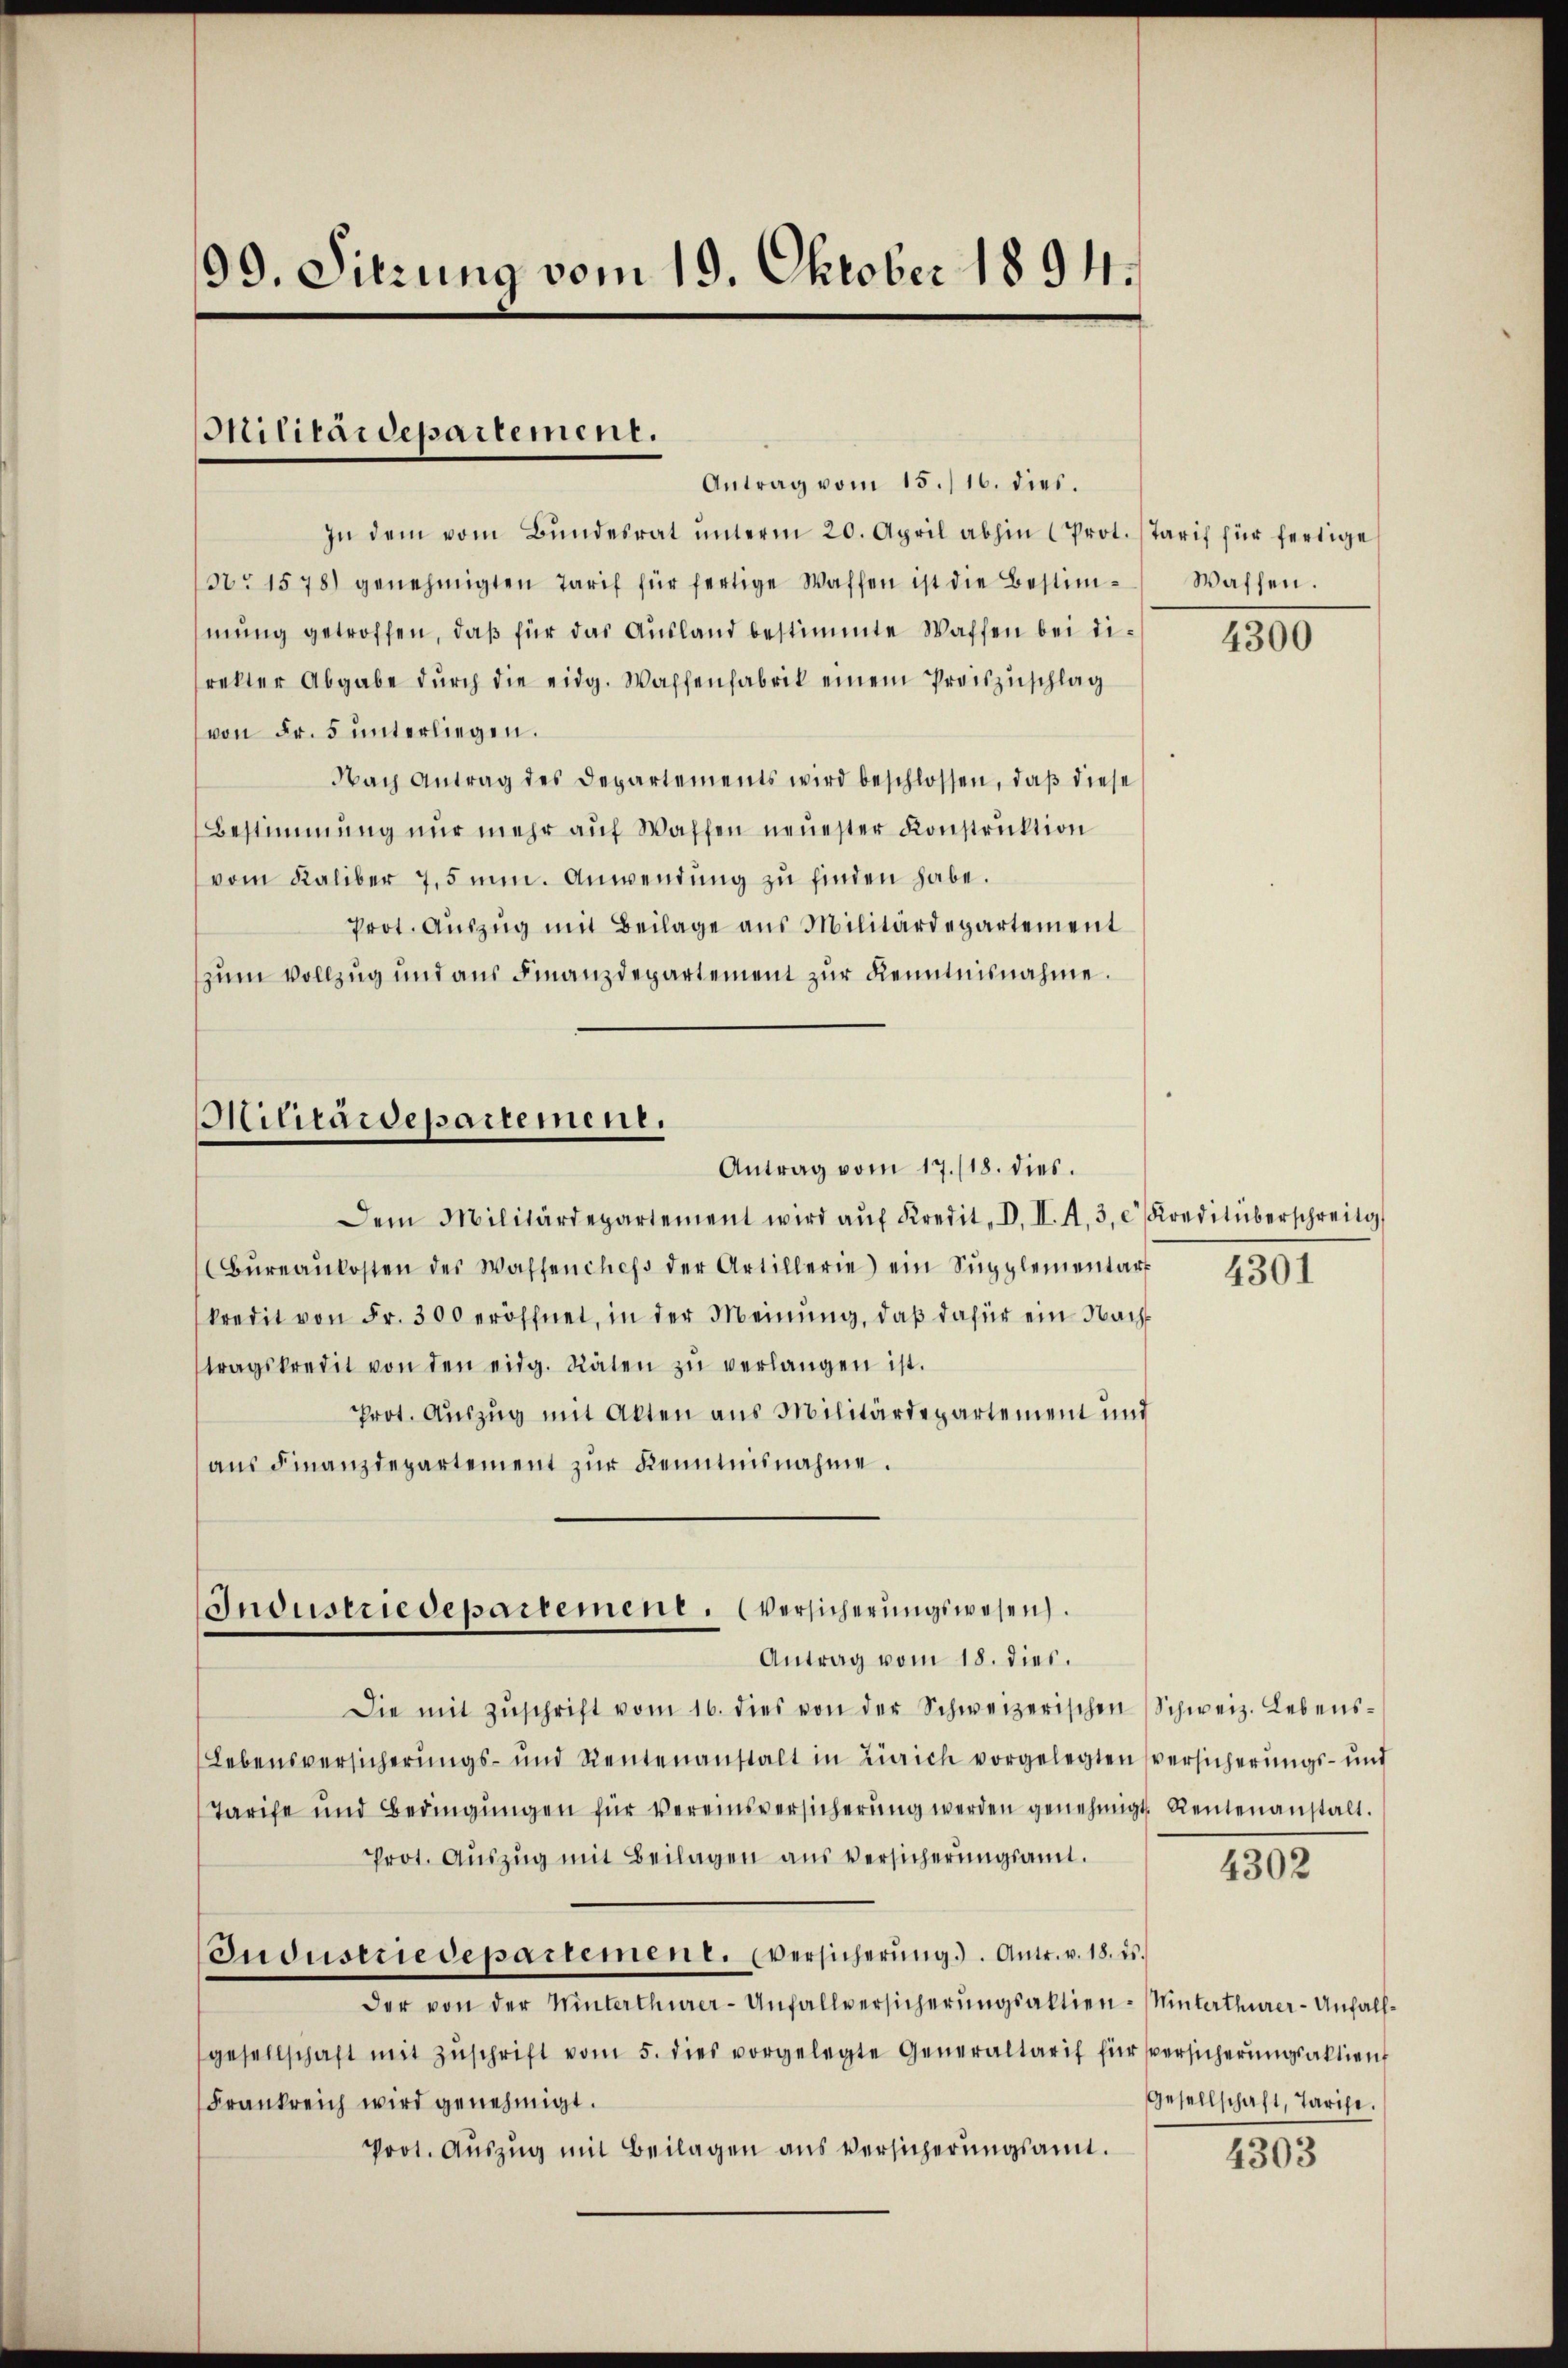
99. Sitzung vom 19. Oktober 1894.

Militärdepartement.

Antrag vom 15./16. dies.
In dem vom Bŭndesrat ŭnterm 20. April abhin (Prot. (Tarif für fertige
No 1578) genehmigten Tarif für fertige Waffen ist die Bestimmung getroffen, daß für das Ausland bestimmte Waffen bei direkter Abgabe durch die eidg. Waffenfabrik einem Preiszuschlag
von Fr. 5 unterliegen.
Nach Antrag des Departements wird beschlossen, daß diese
Bestimmung nur mehr auf Waffen neuester Konstruktion
vom Kaliber 7,5 min. Anwendung zu finden habe.
Prot. Auszug mit Beilage aus Militärdepartement
zum Vollzug und aus Finanzdepartement zur Kenntnisnahme.

Militärdepartement.
Antrag vom 17./18. dies

Dem Militärdepartement wird aŭf Kredit, I. II. A. 3. Kreditüberschreitg
Büreaukosten des Waffenches der Artillerie) ein Supplementart
kredit von Fr. 300 eröffnet, in der Meinŭng, daβ dafür ein Nach
tragskredit von den eidg. Räten zŭ verlangen ist.
Prot. Auszug mit Akten aus Militärdepartement und
aŭs Finanzdepartement zŭr Kenntnisnahme.

Industriedepartement. Versicherungswesen.
Antrag vom 18. dies.

Waffen.

4300

4301

Die mit Zŭschrift vom 16. dies von der Schweizerischen Schweiz. Lebens¬
Lebensversicherungs- und Rentenanstalt in Zürich vorgelegten versicherungs- und
Tarife und Bedingungen für Vereinsversicherung werden genehmigt. Rentenanstalt.
Prot. Aŭszŭg mit Beilagen aus Versicherŭngsamt.
Industriedepartement. Eversicherŭng. Antr. v. 18. ds.
der von der Winterthurer-Unfallversicherungsaktien-Minterthurer-Unfallgesellschaft mit Zŭschrift vom 5. dies vorgelegte Generaltarif für versicherŭngsaktien
Gesellschaft, Tarife.
Frankreich wird genehmigt.
Prot. Auszug mit Beilagen aus Versicherungsamt.
4303

4302